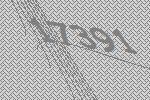
17391